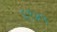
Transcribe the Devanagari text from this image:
६९४५